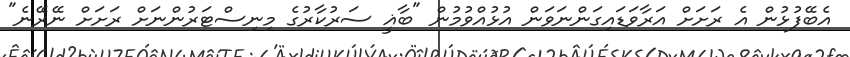
އެބޭފުޅުން އެ ރަށަށް އަރާވަޑައިގަންނަވަން އުޅުއްވުމުން "ބާޣީ ސަރުކާރުގެ މިނިސްޓަރުންނަށް ރަށަށް ނޭރޭނެ"